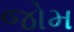
જોમ